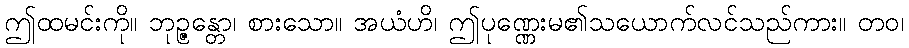
ဤထမင်းကို။ ဘုဉ္ဇန္တော၊ စားသော။ အယံဟိ၊ ဤပုဏ္ဏေးမ၏သယောက်လင်သည်ကား။ တဝ၊